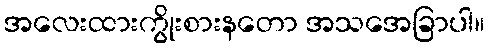
အလေးထားကွိုးစားနတော အသအေခြာပါ။